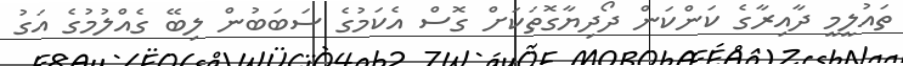
ތައުލީމީ ދާއިރާގެ ކަންކަން ދޯދިޔާގޮތަކަށް ގޮސް އެކަމުގެ ސަބަބުން ލިބޭ ގެއްލުމުގެ އަގު